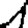
Digit: 1